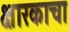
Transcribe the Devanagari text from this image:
क्षारकाचा